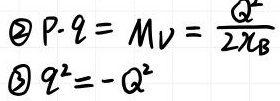
\begin{align}
\textcircled{2}P\cdot q&=M_V=\frac{Q^2}{2\chi_B}\\
\textcircled{3}q^2&=-Q^2
\end{align}